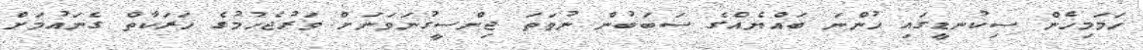
ހަމަމިހެން ސިކުނޑީގައި ހުންނަ ބައްޔެއްގެ ސަބަބުން ނުވަތަ ޖިންސީގުނަވަނަށް ވަރުޖެހުމުގެ ހަރަކާތް ގެނައުމަށް